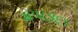
૪૫૩૬૧